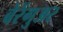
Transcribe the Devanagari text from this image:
बेरेंगुअर